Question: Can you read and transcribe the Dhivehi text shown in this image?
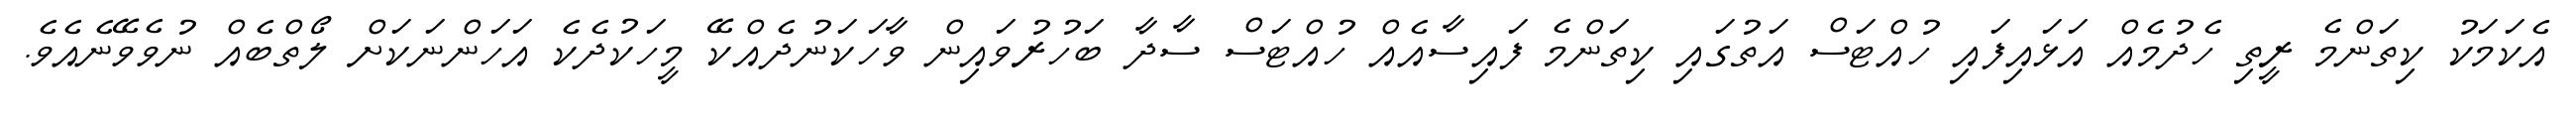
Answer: އެކަމަކު ކިތަންމެ ރީތި ހެދުމެއް އަޅައިފައި ހުއްޓަސް އަތުގައި ކިތަންމެ ފައިސާއެއް ހުއްޓަސް ސާދާ ބަހުރުވައިން ވާހަކަނުދެއްކޭ މީހަކުދެކެ އަހަންނަކަށް ލޯތްބެއް ނުވެވޭނެއެވެ.